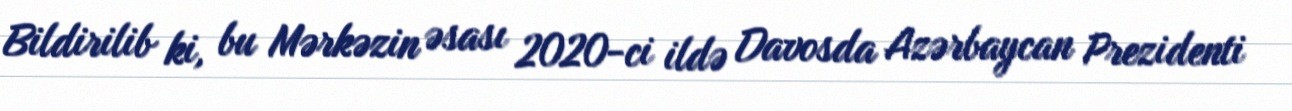
Bildirilib ki, bu Mərkəzin əsası 2020-ci ildə Davosda Azərbaycan Prezidenti